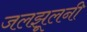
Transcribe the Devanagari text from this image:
जलझूलनी